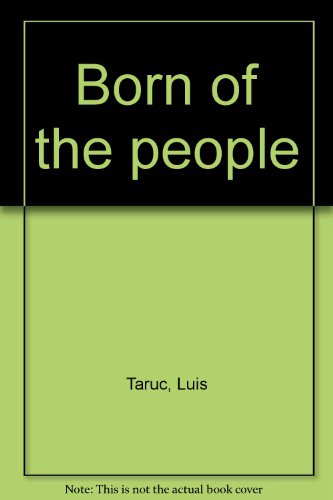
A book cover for Born of the People; Luis Taruc; Travel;